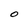
Character: 0